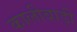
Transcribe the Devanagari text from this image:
कालीबाड़ी